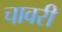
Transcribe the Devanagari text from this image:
चावरी